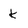
Character: k